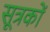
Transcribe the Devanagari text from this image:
सूत्रकों